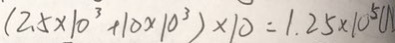
( 2 . 5 \times 1 0 ^ { 3 } + 1 0 \times 1 0 ^ { 3 } ) \times 1 0 = 1 . 2 5 \times 1 0 ^ { 5 } ( N